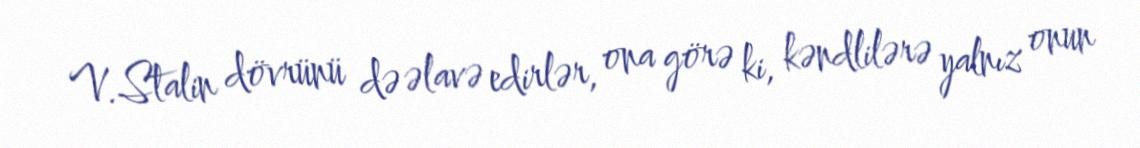
V.Stalin dövrünü də əlavə edirlər, ona görə ki, kəndlilərə yalnız onun